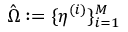
\hat { \Omega } : = \{ \eta ^ { ( i ) } \} _ { i = 1 } ^ { M }